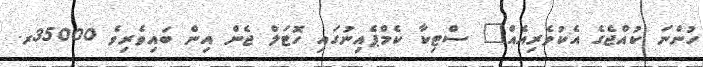
ހުންނަ ކުއްޖެގެ އެކުވެރިއެއް" ސްޓިކާ ކެމްޕެއިނުގައި ހޮޓަލް ޖެން އިން ބައިވެރިވެ 35000ރ.